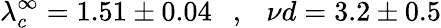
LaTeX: \lambda_{c}^{\infty}=1.51\pm 0.04\ \ \ ,\ \ \ {{\nu}d}=3.2\pm 0.5